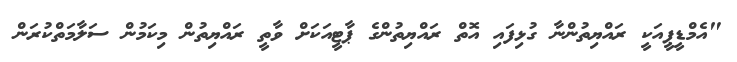
"އެމްޑީޕީއަކީ ރައްޔިތުންނާ ގުޅިފައި އޮތް ރައްޔިތުންގެ ޕާޓީއަކަށް ވާތީ ރައްޔިތުން މިކަމުން ސަލާމަތްކުރަން